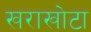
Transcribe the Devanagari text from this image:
खराखोटा